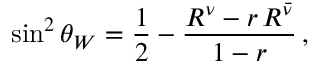
\sin ^ { 2 } \theta _ { W } = \frac { 1 } { 2 } - \frac { R ^ { \nu } - r \, R ^ { \bar { \nu } } } { 1 - r } \, ,